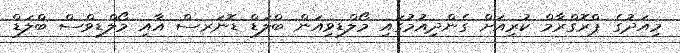
މިއަދުގެ ޕްރޮގްރާމް ކުރިއަށް ގެންދިއުމުގައި މޯލްޑިވިއަން ބްލަޑް ޑޮނަރސް އާއި މޯލްޑިވްސް ބްލަޑް